Vaccination Hyderabad 1890-1903 - 1890-1903
Year: 1890
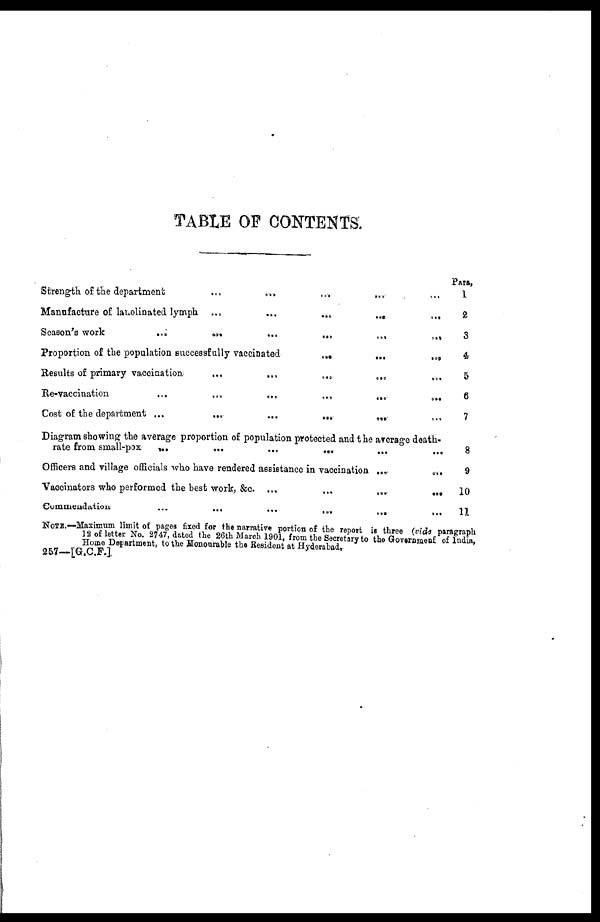
TABLE OF CONTENTS
Strength of the department
...
...
...
...
...
Manufacture of lanolinated lymph
...
...
...
...
...
Season's work
...
...
...
...
...
Proportion of the population successfully vaccinated
...
...
...
Results of primary vaccination
...
...
...
...
...
Re-vaccination
...
...
...
...
...
...
Cost of the department ... ... ... ... ... ...
Diagram showing the average proportion of population protected and the average death-
rate from small-pox
...
...
...
...
...
...
Officers and village officials who have rendered assistance in vaccination
...
...
Vaccinators who performed the best work, &c.
...
...
...
...
Cummeudation
...
...
...
...
...
...
Para,
1
2
3
4
5
6
7
8
9
10
11
NOTE.—Maximum limit of pages fixed for the narrative portion of the report is three (vide paragraph
12 of letter No. 2747, dated the 26th March 1901, from the Secretary to the Government of India,
Home Department, to the Honourable the Resident at Hyderabad.
257—[G.C.F]